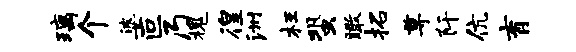
璃个婆叵乃槐徨洲枉蛩瞰拓尊阡伉育